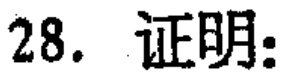
28. 证明：